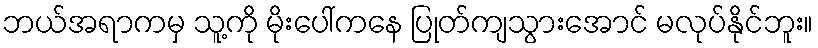
ဘယ်အရာကမှ သူ့ကို မိုးပေါ်ကနေ ပြုတ်ကျသွားအောင် မလုပ်နိုင်ဘူး။